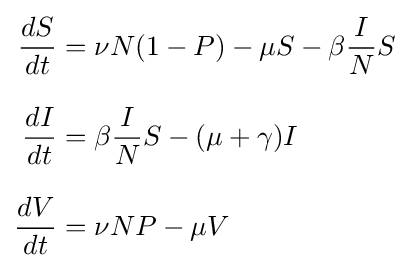
{\begin{aligned}{\frac {dS}{dt}}&=\nu N(1-P)-\mu S-\beta {\frac {I}{N}}S\\[8pt]{\frac {dI}{dt}}&=\beta {\frac {I}{N}}S-(\mu +\gamma )I\\[8pt]{\frac {dV}{dt}}&=\nu NP-\mu V\end{aligned}}